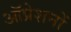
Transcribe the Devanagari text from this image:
ऑप्रेशनों